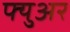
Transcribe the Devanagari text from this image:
फ्युअर